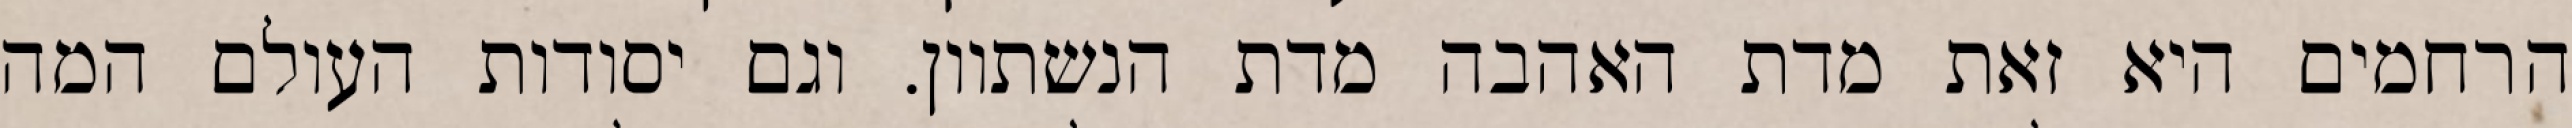
הרחמים היא זאת מדת האהבה מדת הנשתוון. וגם יסודות העולם המה